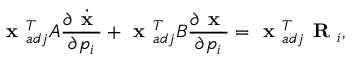
\textbf { x } _ { a d j } ^ { T } A \frac { \partial \dot { \textbf { x } } } { \partial p _ { i } } + \textbf { x } _ { a d j } ^ { T } B \frac { \partial \textbf { x } } { \partial p _ { i } } = \textbf { x } _ { a d j } ^ { T } \textbf { R } _ { i } ,